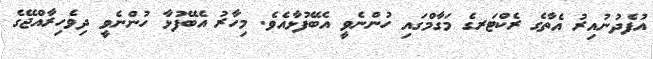
އުފެދުނުއިރު އެތާގެ ރެކްޓަރގެ މަގާމްގައި ހުންނެވީ އެބޭފުޅާއެވެ. މިހާރު އެބޭފުޅާ ހުންނެވީ ދިވެހިރާއްޖޭގެ